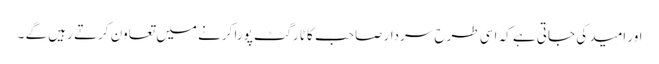
اور امید کی جاتی ہے کہ اسی طرح سردار صاحب کا ٹارگٹ پورا کرنے میں تعاون کرتے رہیں گے ۔